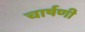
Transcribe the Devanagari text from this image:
चार्षणी